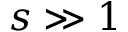
s \gg 1